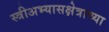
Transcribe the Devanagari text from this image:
स्त्रीअभ्यासक्षेत्राच्या